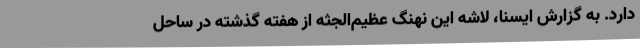
دارد. به گزارش ایسنا، لاشه این نهنگ عظیم‌الجثه از هفته گذشته در ساحل